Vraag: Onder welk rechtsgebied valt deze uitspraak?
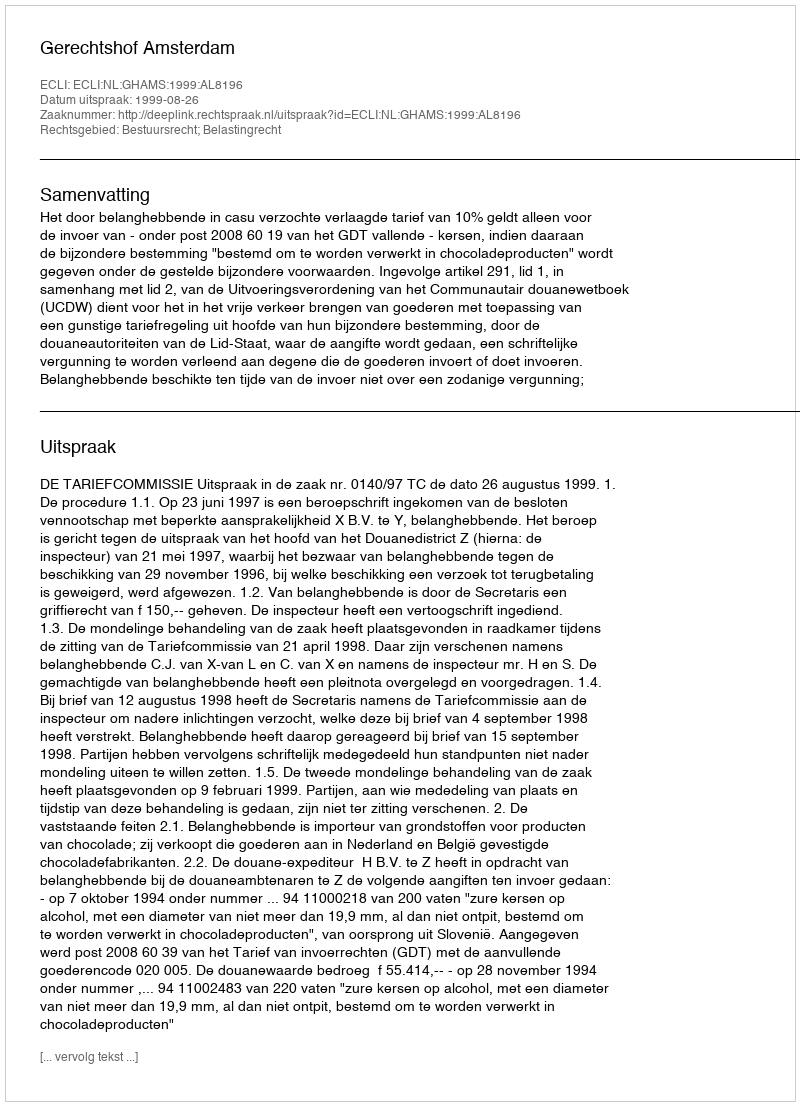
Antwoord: Bestuursrecht; Belastingrecht